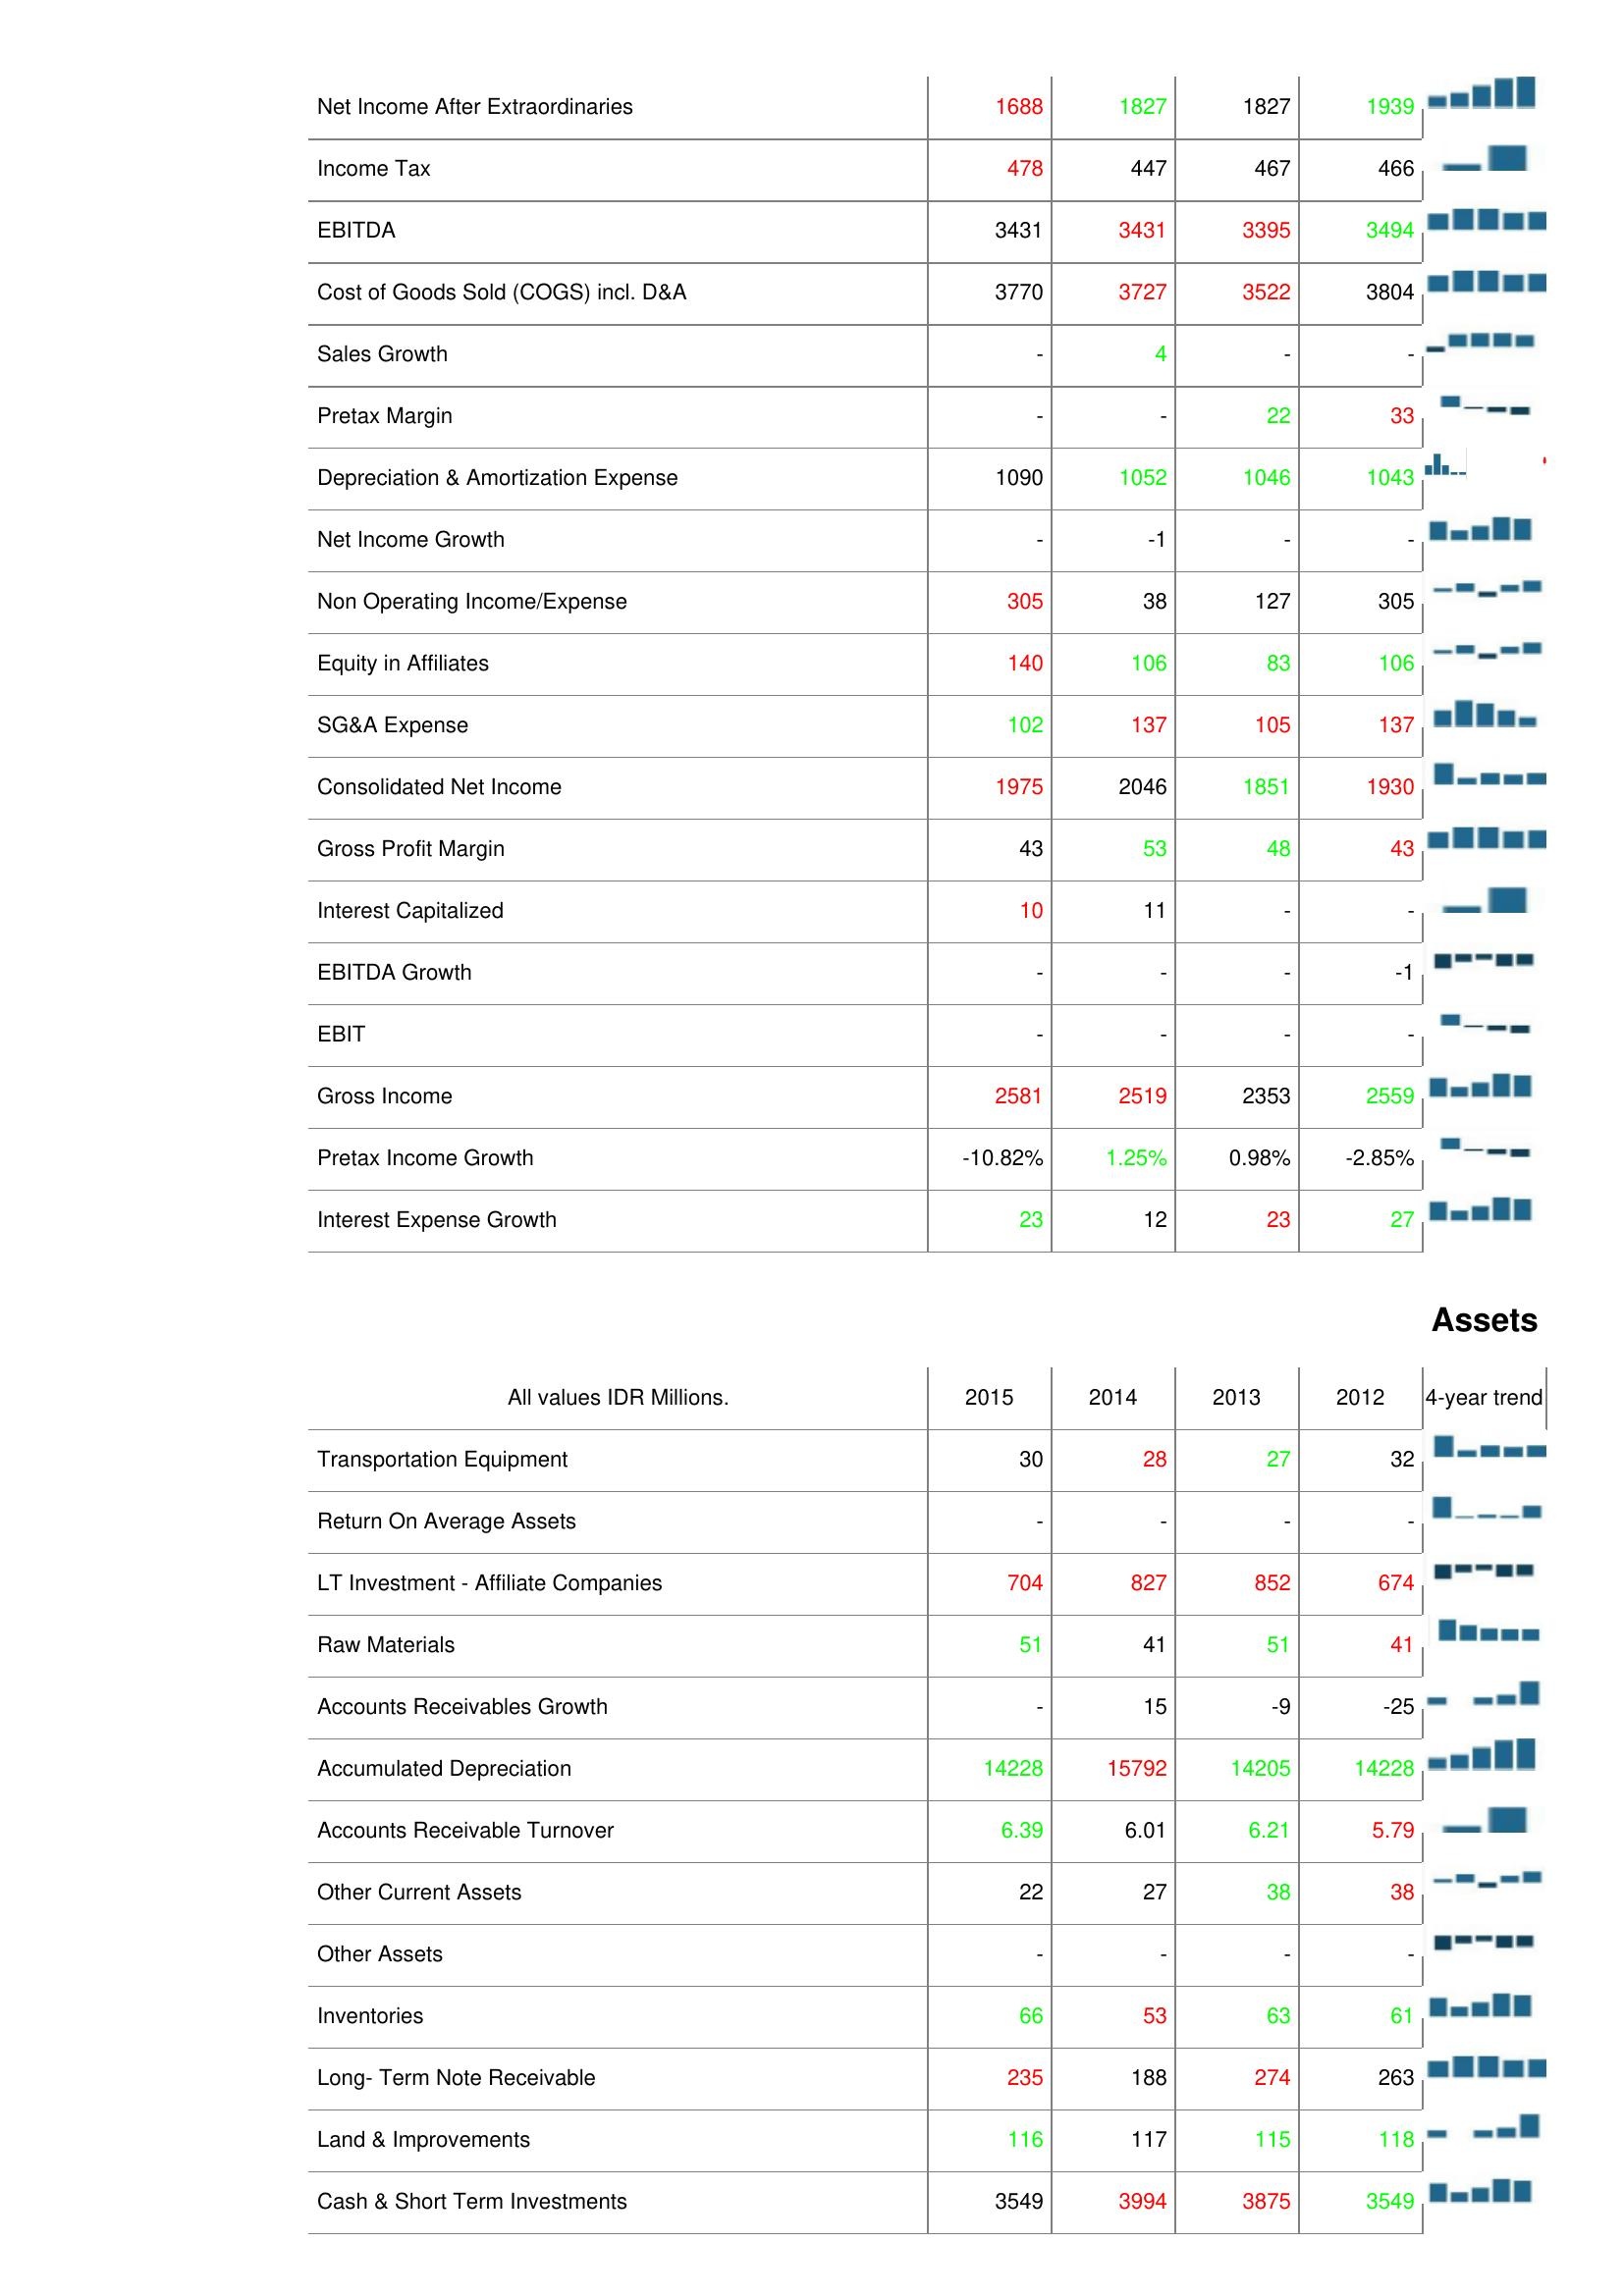
2015: : Net Income After Extraordinaries: 1688
Income Tax: 478
EBITDA: 3431
Cost of Goods Sold (COGS) incl. D&A: 3770
Sales Growth: -
Pretax Margin: -
Depreciation & Amortization Expense: 1090
Net Income Growth: -
Non Operating Income/Expense: 305
Equity in Affiliates: 140
SG&A Expense: 102
Consolidated Net Income: 1975
Gross Profit Margin: 43
Interest Capitalized: 10
EBITDA Growth: -
EBIT: -
Gross Income: 2581
Pretax Income Growth: -10.82%
Interest Expense Growth: 23
Assets: Transportation Equipment: 30
Return On Average Assets: -
LT Investment - Affiliate Companies: 704
Raw Materials: 51
Accounts Receivables Growth: -
Accumulated Depreciation: 14228
Accounts Receivable Turnover: 6.39
Other Current Assets: 22
Other Assets: -
Inventories: 66
Long- Term Note Receivable: 235
Land & Improvements: 116
Cash & Short Term Investments: 3549
2014: : Net Income After Extraordinaries: 1827
Income Tax: 447
EBITDA: 3431
Cost of Goods Sold (COGS) incl. D&A: 3727
Sales Growth: 4
Pretax Margin: -
Depreciation & Amortization Expense: 1052
Net Income Growth: -1
Non Operating Income/Expense: 38
Equity in Affiliates: 106
SG&A Expense: 137
Consolidated Net Income: 2046
Gross Profit Margin: 53
Interest Capitalized: 11
EBITDA Growth: -
EBIT: -
Gross Income: 2519
Pretax Income Growth: 1.25%
Interest Expense Growth: 12
Assets: Transportation Equipment: 28
Return On Average Assets: -
LT Investment - Affiliate Companies: 827
Raw Materials: 41
Accounts Receivables Growth: 15
Accumulated Depreciation: 15792
Accounts Receivable Turnover: 6.01
Other Current Assets: 27
Other Assets: -
Inventories: 53
Long- Term Note Receivable: 188
Land & Improvements: 117
Cash & Short Term Investments: 3994
2013: : Net Income After Extraordinaries: 1827
Income Tax: 467
EBITDA: 3395
Cost of Goods Sold (COGS) incl. D&A: 3522
Sales Growth: -
Pretax Margin: 22
Depreciation & Amortization Expense: 1046
Net Income Growth: -
Non Operating Income/Expense: 127
Equity in Affiliates: 83
SG&A Expense: 105
Consolidated Net Income: 1851
Gross Profit Margin: 48
Interest Capitalized: -
EBITDA Growth: -
EBIT: -
Gross Income: 2353
Pretax Income Growth: 0.98%
Interest Expense Growth: 23
Assets: Transportation Equipment: 27
Return On Average Assets: -
LT Investment - Affiliate Companies: 852
Raw Materials: 51
Accounts Receivables Growth: -9
Accumulated Depreciation: 14205
Accounts Receivable Turnover: 6.21
Other Current Assets: 38
Other Assets: -
Inventories: 63
Long- Term Note Receivable: 274
Land & Improvements: 115
Cash & Short Term Investments: 3875
2012: : Net Income After Extraordinaries: 1939
Income Tax: 466
EBITDA: 3494
Cost of Goods Sold (COGS) incl. D&A: 3804
Sales Growth: -
Pretax Margin: 33
Depreciation & Amortization Expense: 1043
Net Income Growth: -
Non Operating Income/Expense: 305
Equity in Affiliates: 106
SG&A Expense: 137
Consolidated Net Income: 1930
Gross Profit Margin: 43
Interest Capitalized: -
EBITDA Growth: -1
EBIT: -
Gross Income: 2559
Pretax Income Growth: -2.85%
Interest Expense Growth: 27
Assets: Transportation Equipment: 32
Return On Average Assets: -
LT Investment - Affiliate Companies: 674
Raw Materials: 41
Accounts Receivables Growth: -25
Accumulated Depreciation: 14228
Accounts Receivable Turnover: 5.79
Other Current Assets: 38
Other Assets: -
Inventories: 61
Long- Term Note Receivable: 263
Land & Improvements: 118
Cash & Short Term Investments: 3549